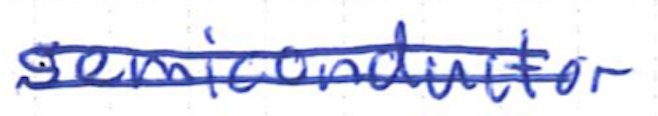
Text: semiconductor
Cross-out: double-line
Writing tool: ballpoint